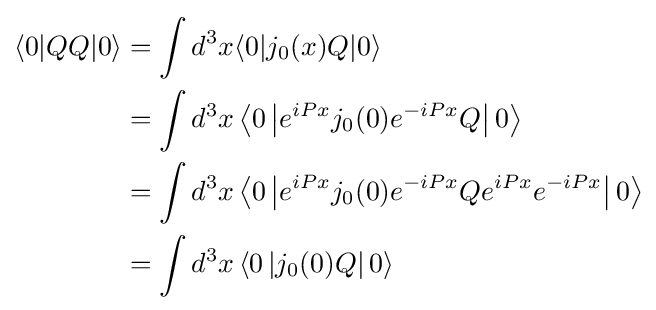
{\begin{aligned}\langle 0|QQ|0\rangle &=\int d^{3}x\langle 0|j_{0}(x)Q|0\rangle \\&=\int d^{3}x\left\langle 0\left|e^{iPx}j_{0}(0)e^{-iPx}Q\right|0\right\rangle \\&=\int d^{3}x\left\langle 0\left|e^{iPx}j_{0}(0)e^{-iPx}Qe^{iPx}e^{-iPx}\right|0\right\rangle \\&=\int d^{3}x\left\langle 0\left|j_{0}(0)Q\right|0\right\rangle \end{aligned}}